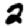
Digit: 2